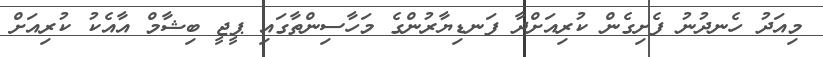
މިއަދު ހެނދުނު ފެށިގެން ކުރިއަށްދާ ފަނޑިޔާރުންގެ މަހާސިންތާގައި ޕީޖީ ބިޝާމް އާއެކު ކުރިއަށް